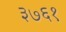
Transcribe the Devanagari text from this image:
३७६१